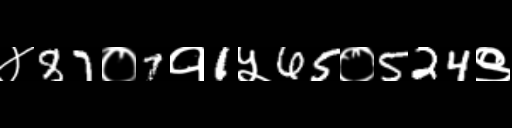
Text: ४87०7१1५65०524९